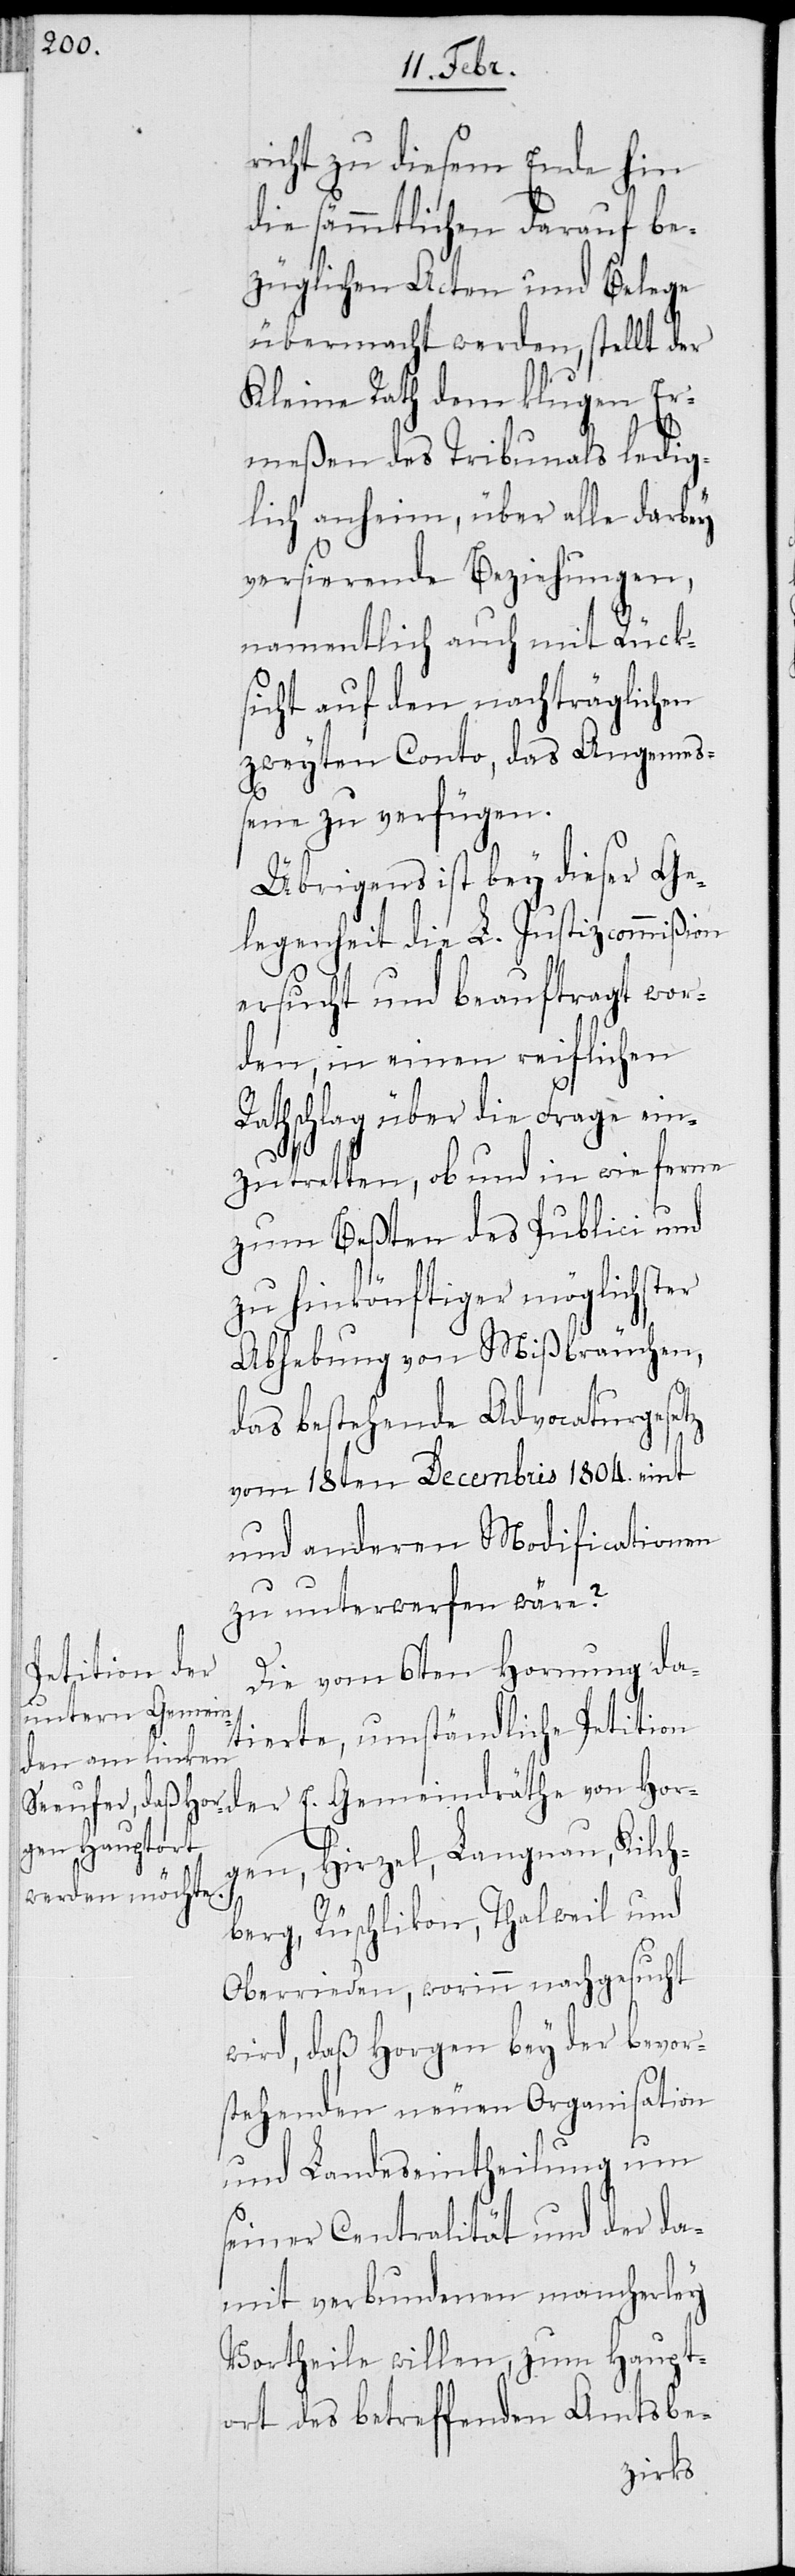
richt zu diesem Ende hin
die sämmtlichen darauf be¬
züglichen Acten und Belege
übermacht werden, stellt der
Kleine Rath dem klugen Er¬
meßen des Tribunals ledig¬
lich anheim, über alle darbey
versierende Beziehungen,
namentlich auch mit Rück¬
sicht auf den nachträglichen
zweyten Conto, das Angemeß¬
ene zu verfügen.
Übrigens ist bei dieser Ge¬
legenheit die L. Justizcommißion
ersucht und beauftragt wor¬
den, in einen reiflichen
Rathschlag über die Frage ein¬
zutretten, ob und in wie ferne
zum Beßten des Publici und
zu hinkönftiger möglichster
Abhebung von Mißbrauchen,
das bestehende Advocaturgesetz
vom 18ten Decembris 1804. eint
und anderen Modificationen
zu unterwerfen wäre?
Die vom 6ten Hornung da¬
tierte, umständliche Petition
der E. Gemeindräthe von Hor¬
gen, Hirzel, Langnau, Kilch¬
berg, Rüschlikon, Thalweil und
Oberrieden, worinn nachgesucht
wird, daß Horgen bey der bevor¬
stehenden neuen Organisation
und Landseintheilung um
seiner Centralität und der da¬
mit verbundenen mancherley
Vortheile willen, zum Haupt¬
ort des betreffenden Amtsbe-